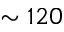
\sim 1 2 0